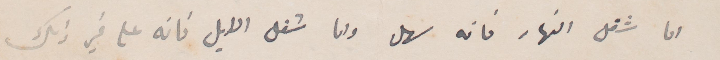
اما شغل النهار فانه سهل واما شغل الليل فانه علم غير ذلك